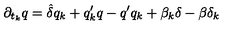
\partial _ { t _ { k } } q = \hat { \delta } q _ { k } + q _ { k } ^ { \prime } q - q ^ { \prime } q _ { k } + \beta _ { k } \delta - \beta \delta _ { k }